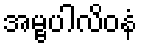
အမ္ဗပါလိဝနံ